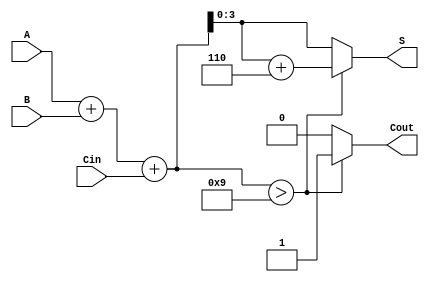
module BCD_Hybrid_Adder (
    input [3:0] A,        // First BCD input
    input [3:0] B,        // Second BCD input
    input Cin,            // Carry-in
    output reg [3:0] S,   // BCD sum output
    output reg Cout       // Carry-out
);

    wire [4:0] Temp;      // 5-bit temporary sum to hold the result of A + B + Cin

    // Step 1: Binary Addition
    assign Temp = A + B + Cin;

    // Step 2: BCD Correction Logic
    always @(*) begin
        if (Temp > 9) begin
            S = Temp + 6;  // Adjusting for BCD correction
            Cout = 1;      // Generate carry-out
        end else begin
            S = Temp;      // No correction needed
            Cout = 0;      // No carry-out
        end
    end

endmodule